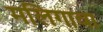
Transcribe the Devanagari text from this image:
मलिगावा